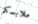
ملابسكم